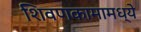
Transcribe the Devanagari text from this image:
शिवणकामामध्ये